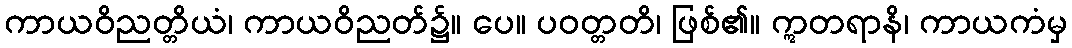
ကာယဝိညတ္တိယံ၊ ကာယဝိညတ်၌။ ပေ။ ပဝတ္တတိ၊ ဖြစ်၏။ ဣတရာနိ၊ ကာယကံမှ